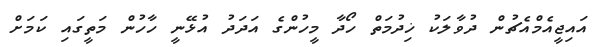
އައިޖީއެމްއެޗުން ދުވާލަކު ޚިދުމަތް ހޯދާ މީހުންގެ އަދަދު އުޅޭނީ ހާހުން މަތީގައި ކަމަށް